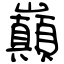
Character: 巔